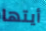
أيتها